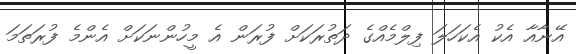
އޭނާއާ އެކު އެކަހަލަ ފިލްމެއްގެ ދަތުރަކަށް ފުރަން އެ މީހުންނަކަށް އެންމެ ފުރަތަމަ